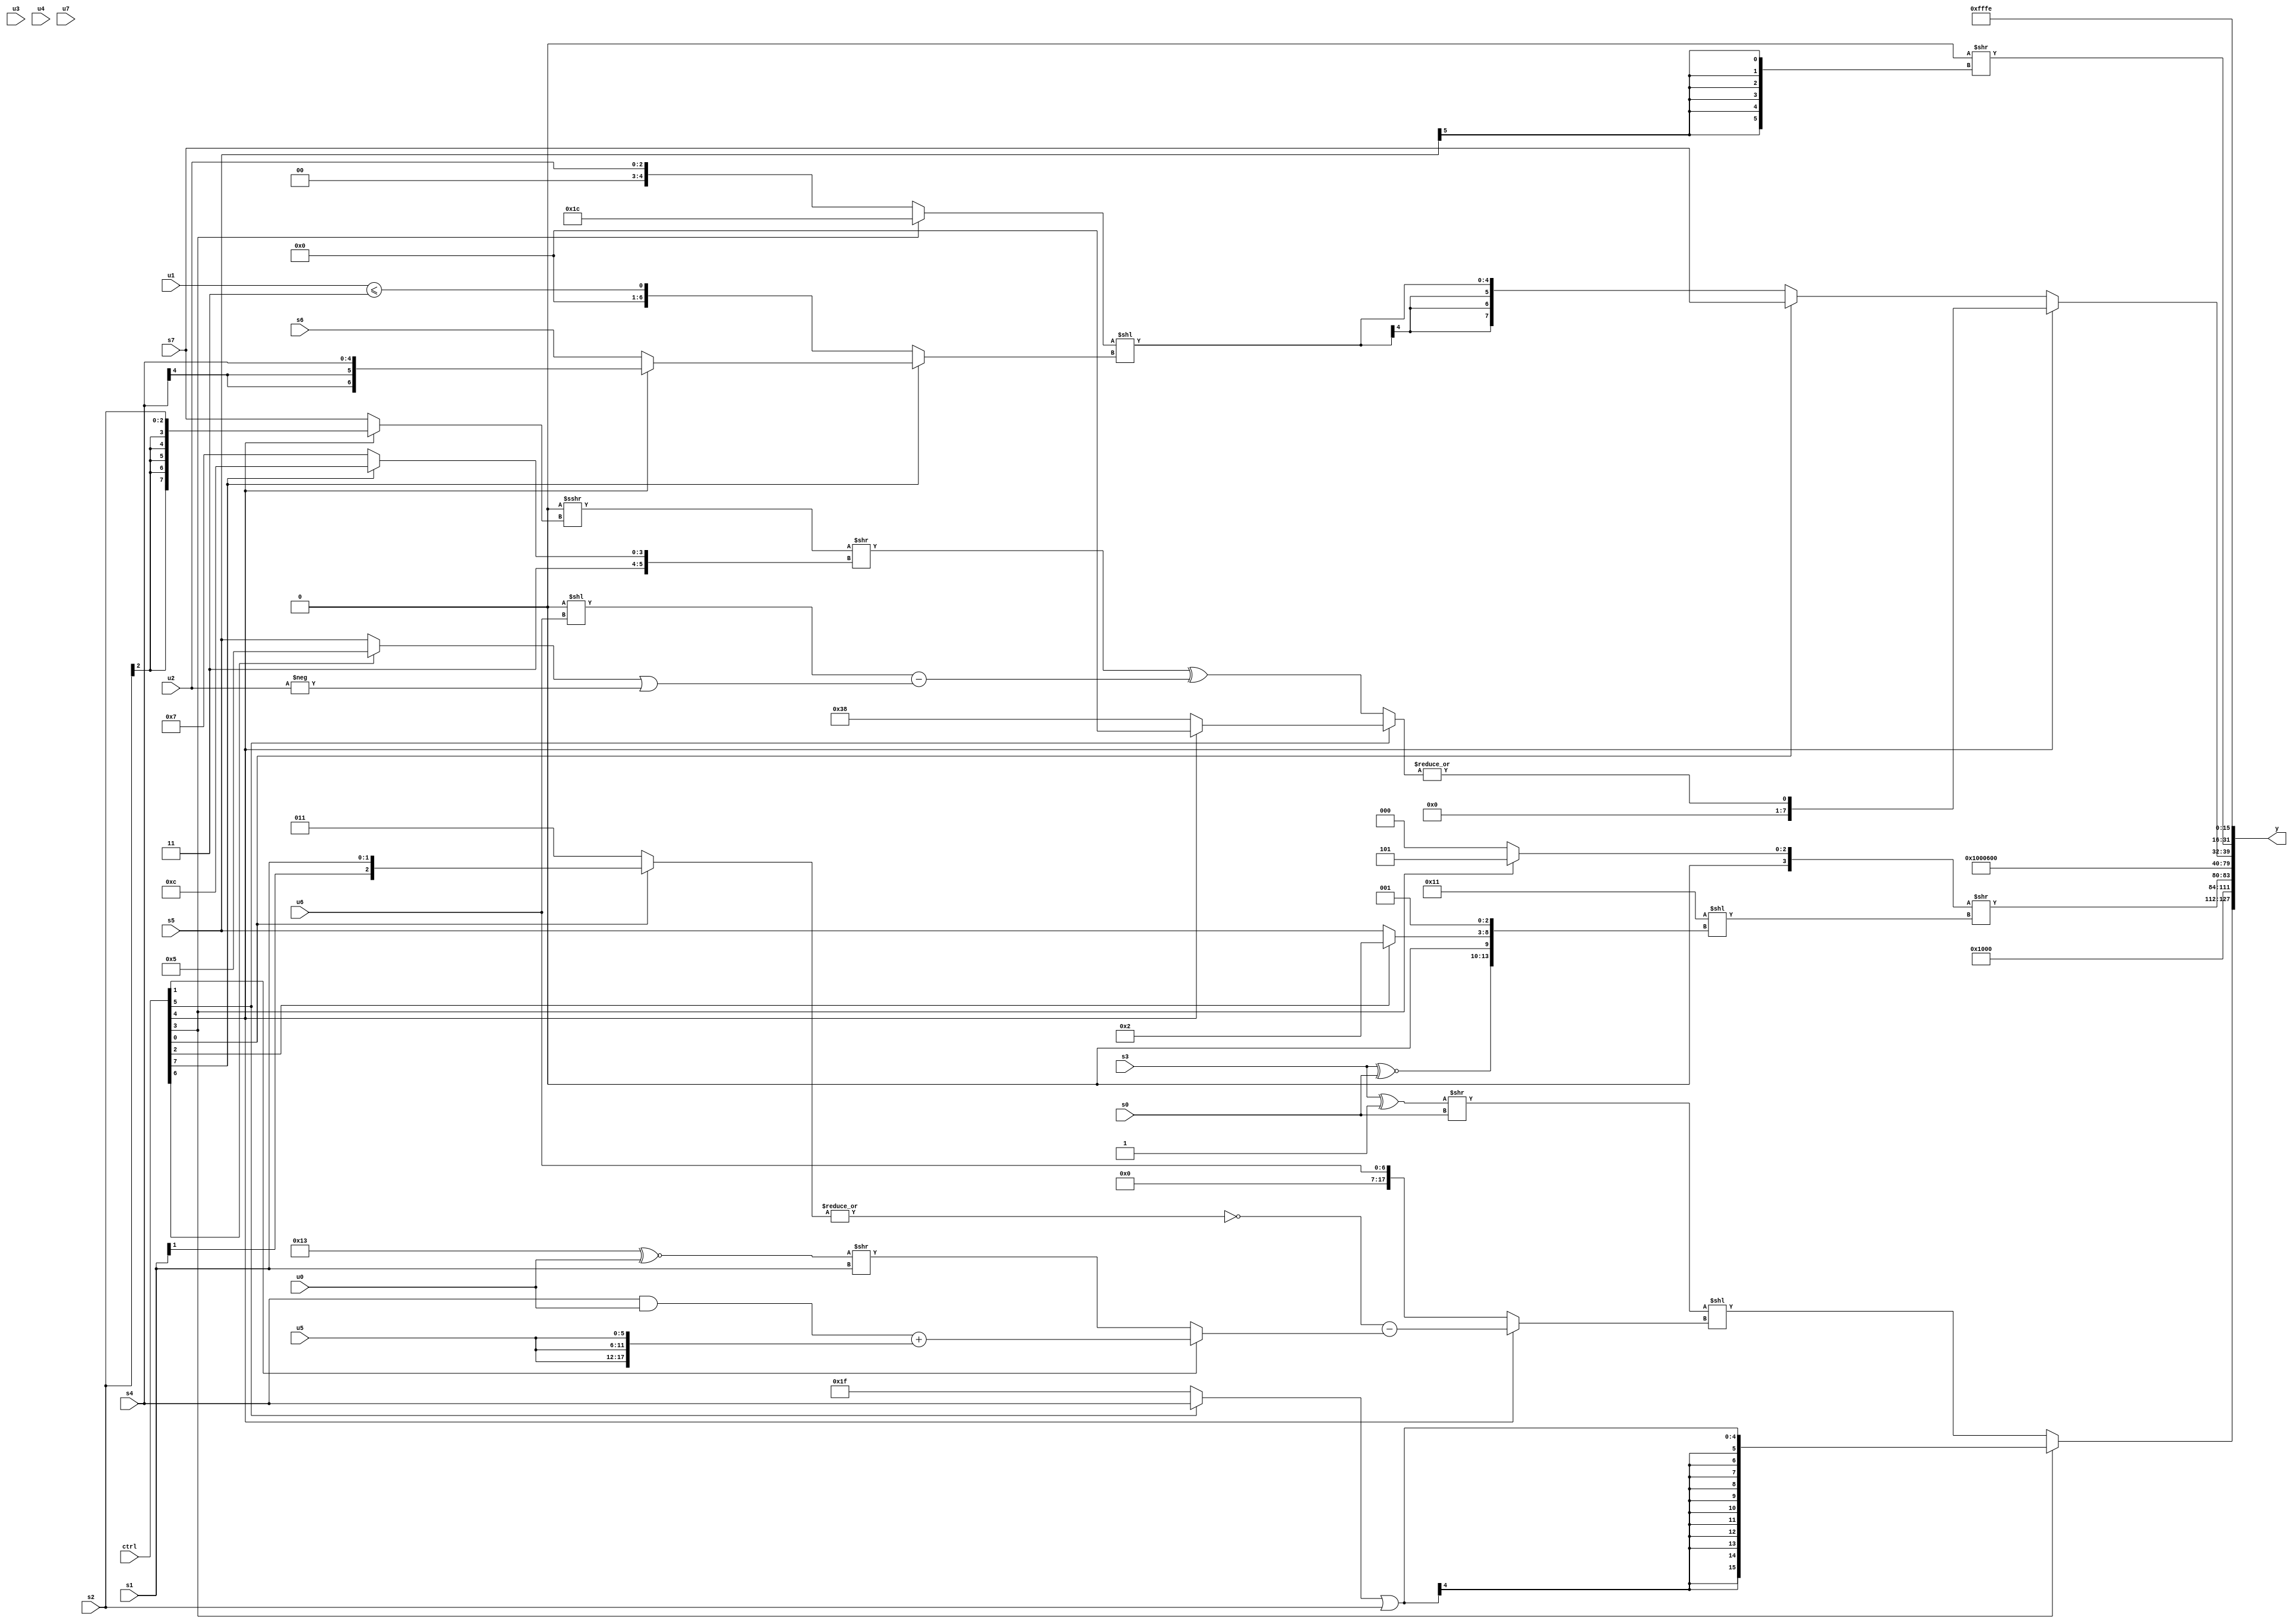
module wideexpr_00818(ctrl, u0, u1, u2, u3, u4, u5, u6, u7, s0, s1, s2, s3, s4, s5, s6, s7, y);
  input [7:0] ctrl;
  input [0:0] u0;
  input [1:0] u1;
  input [2:0] u2;
  input [3:0] u3;
  input [4:0] u4;
  input [5:0] u5;
  input [6:0] u6;
  input [7:0] u7;
  input signed [0:0] s0;
  input signed [1:0] s1;
  input signed [2:0] s2;
  input signed [3:0] s3;
  input signed [4:0] s4;
  input signed [5:0] s5;
  input signed [6:0] s6;
  input signed [7:0] s7;
  output [127:0] y;
  wire [15:0] y0;
  wire [15:0] y1;
  wire [15:0] y2;
  wire [15:0] y3;
  wire [15:0] y4;
  wire [15:0] y5;
  wire [15:0] y6;
  wire [15:0] y7;
  assign y = {y0,y1,y2,y3,y4,y5,y6,y7};
  assign y0 = (ctrl[3]?(+($signed($signed($signed($signed($signed((ctrl[5]?s4:3'sb111))))))))|(s2):((+((s3)^(1'sb1)))>>(s0))<<($signed((ctrl[4]?{(~|((ctrl[0]?s1:(1'sb0)|(3'sb011))))-((ctrl[1]?((s4)&(u0))+({3{u5}}):((5'sb10011)^~(u0))>>((s1)>>(1'sb0))))}:u6))));
  assign y1 = 3'sb001;
  assign y2 = $unsigned(((ctrl[3]?4'sb0101:-(3'sb000)))>>($signed({$unsigned((5'sb10001)<<({(s3)^~(s0),(1'sb1)<=(6'sb101001),(ctrl[2]?2'b10:s5),$signed(3'sb001)}))})));
  assign y3 = 2'sb01;
  assign y4 = 5'sb00110;
  assign y5 = (ctrl[4]?|((ctrl[5]?(ctrl[4]?$signed((+(4'b1110))<<<(4'sb0011)):4'sb1000):(((+(2'sb00))>>>($signed((ctrl[4]?s2:s7))))>>((ctrl[7]?3'sb100:$signed(-(6'b001001)))))^($signed((($signed(1'b0))<<(u6))-(((ctrl[6]?3'sb101:s5))|(-(u2))))))):$unsigned((ctrl[0]?s7:$signed(((ctrl[3]?$signed(5'sb11100):+({1{u2}})))<<((ctrl[7]?$signed((ctrl[4]?s4:s6)):(u1)<=((4'b1111)^(5'b01100))))))));
  assign y6 = ($signed(4'sb0000))>>((s5)>>>(5'sb11000));
  assign y7 = 2'sb10;
endmodule